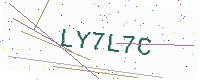
Text: LY7L7C